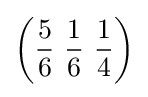
\left({\frac {5}{6}}\ {\frac {1}{6}}\ {\frac {1}{4}}\right)